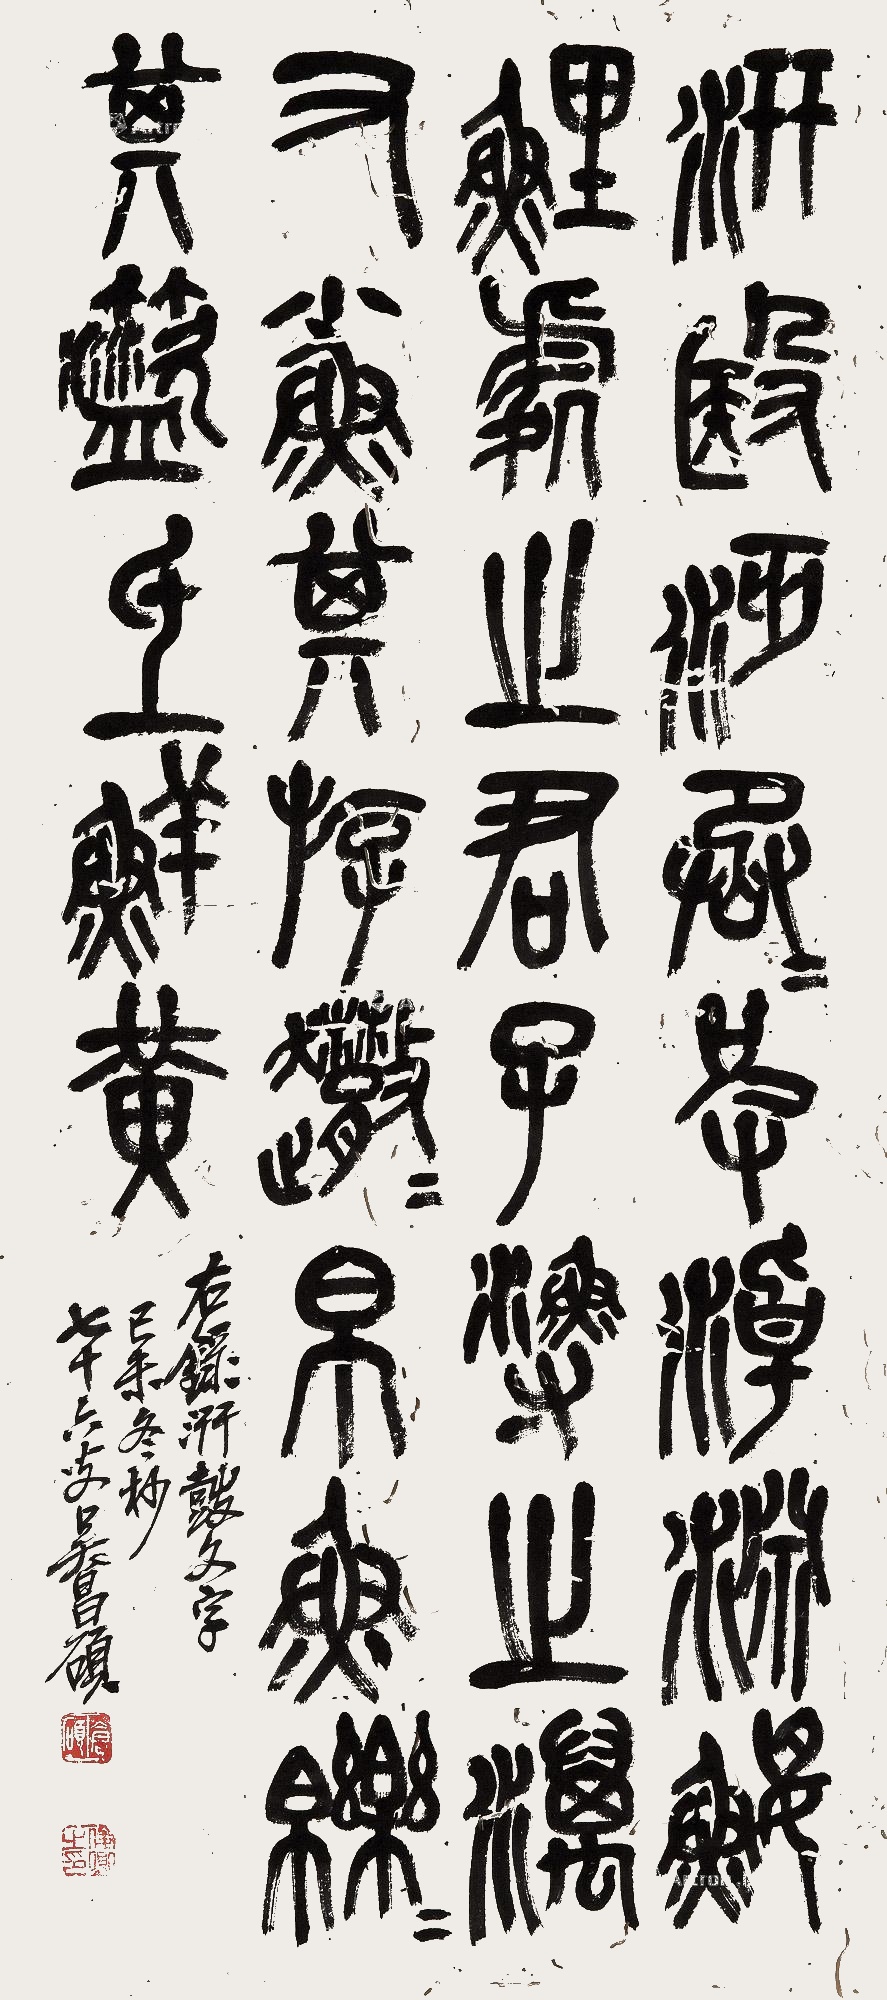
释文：汧殹沔沔，烝彼淖渊。𫚢鲤处之，君子渔之。𪵱有小鱼，其游散散。帛鱼皪皪，其筵氐鲜黄。右录汧鼓文字，己未冬杪，七十六叟吴昌硕。